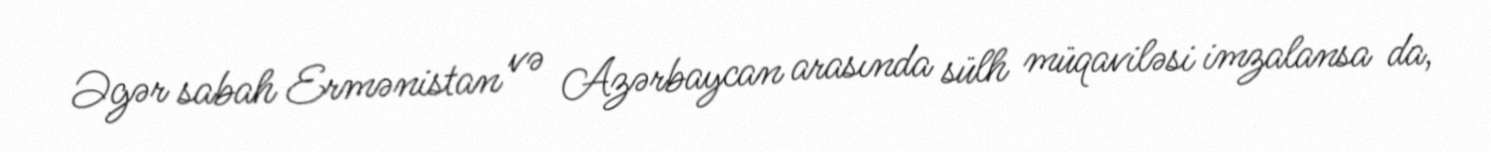
Əgər sabah Ermənistan və Azərbaycan arasında sülh müqaviləsi imzalansa da,